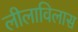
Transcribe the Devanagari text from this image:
लीलाविलास